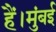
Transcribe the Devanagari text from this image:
हैं।मुंबई